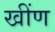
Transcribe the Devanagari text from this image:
खींण